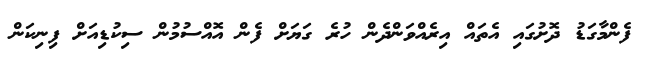
ފެންމާގަޑު ދޮށުގައި އެތައް އިރެއްވަންދެން ހުރެ ގަޔަށް ފެން އޮއްސުމުން ސިކުޑިއަށް ފިނިކަން